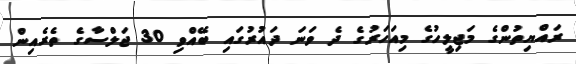
ރައްޔިތުންގެ މަޖިލީހުގެ މިއަހަރުގެ ދެ ވަނަ ދައުރުގައި ބޭއްވި 30 ޖަލްސާގެ ތެރެއިން